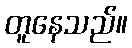
တူနေသည်။